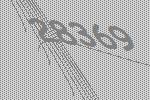
28369